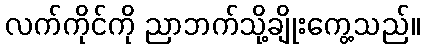
လက်ကိုင်ကို ညာဘက်သို့ချိုးကွေ့သည်။